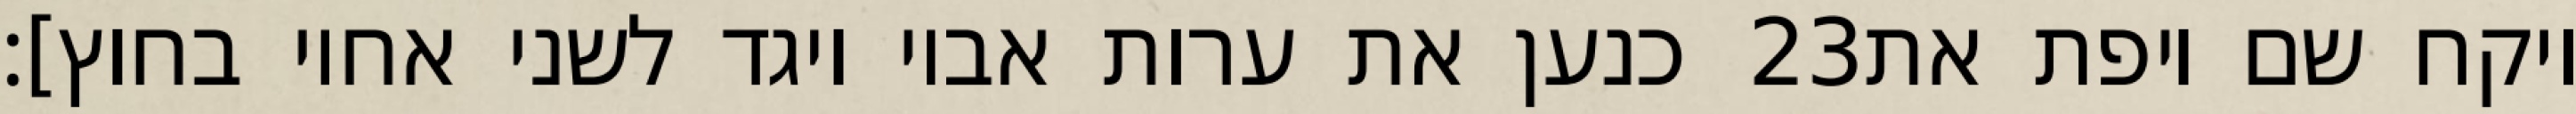
כנען את ערות אביו ויגד לשני אחיו בחוץ]׃ ‎23‏ ויקח שם ויפת את